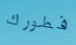
فطورك